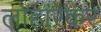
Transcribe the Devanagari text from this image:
लोहारेकर